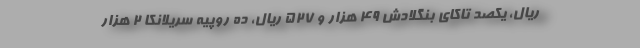
ریال، یکصد تاکای بنگلادش ۴۹ هزار و ۵۲۷ ریال، ده روپیه سریلانکا ۲ هزار